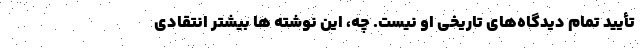
تأیید تمام دیدگاه‌های تاریخی او نیست. چه، این نوشته ها بیشتر انتقادی